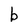
Character: b